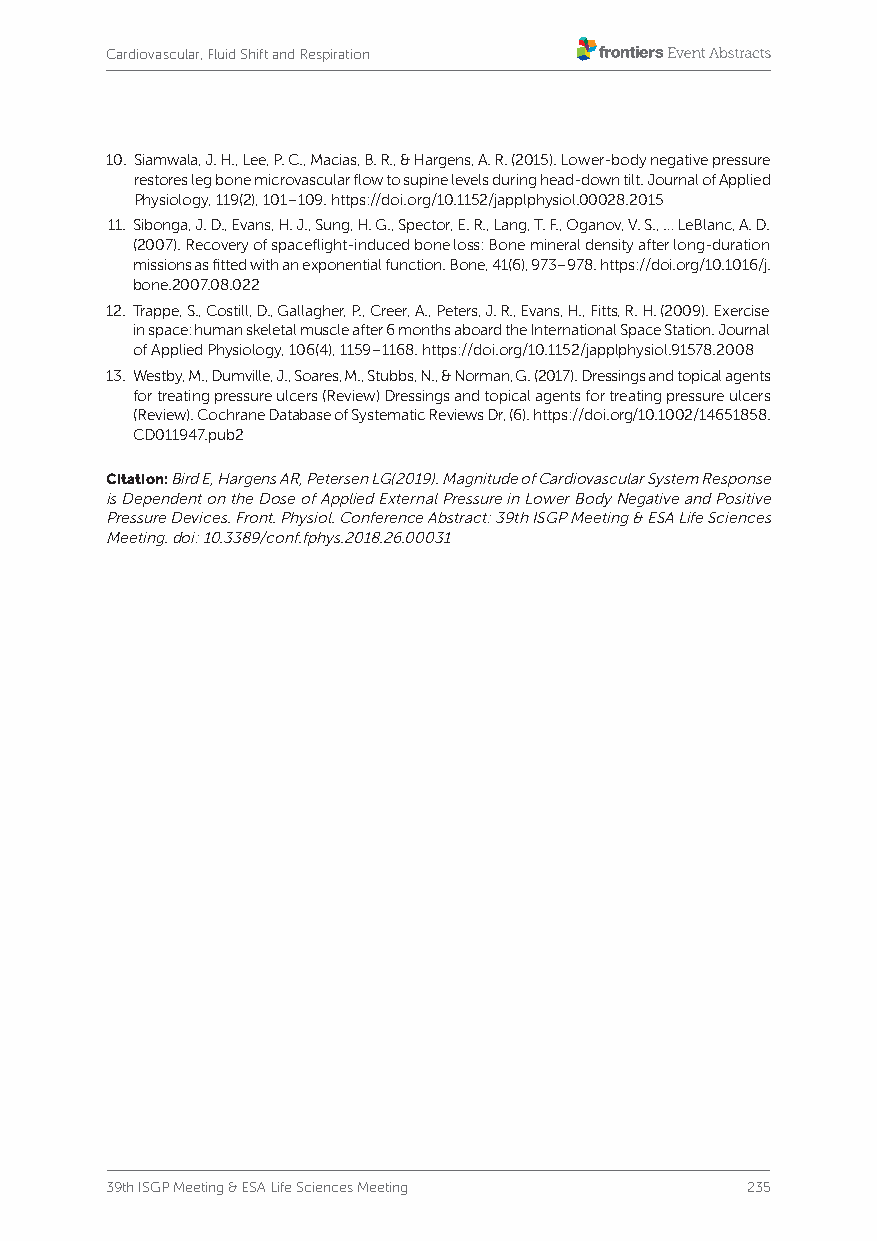
Cardiovascular, Fluid Shift and Respiration
 10. Siamwala, J. H., Lee, P. C., Macias, B. R., & Hargens, A. R. (2015). Lower-body negative pressure
 restores leg bone microvascular flow to supine levels during head-down tilt. Journal of Applied
 Physiology, 119(2), 101–109. https://doi.org/10.1152/japplphysiol.00028.2015
 11. Sibonga, J. D., Evans, H. J., Sung, H. G., Spector, E. R., Lang, T. F., Oganov, V. S., … LeBlanc, A. D.
 (2007). Recovery of spaceflight-induced bone loss: Bone mineral density after long-duration
 missions as fitted with an exponential function. Bone, 41(6), 973–978. https://doi.org/10.1016/j.
 bone.2007.08.022
 12. Trappe, S., Costill, D., Gallagher, P., Creer, A., Peters, J. R., Evans, H., Fitts, R. H. (2009). Exercise
 in space: human skeletal muscle after 6 months aboard the International Space Station. Journal
 of Applied Physiology, 106(4), 1159–1168. https://doi.org/10.1152/japplphysiol.91578.2008
 13. W estby, M., Dumville, J., Soares, M., Stubbs, N., & Norman, G. (2017). Dressings and topical agents
 for treating pressure ulcers (Review) Dressings and topical agents for treating pressure ulcers
 (Review). Cochrane Database of Systematic Reviews Dr, (6). https://doi.org/10.1002/14651858.
 CD011947.pub2
 Citation: Bird E, Hargens AR, Petersen LG(2019). Magnitude of Cardiovascular System Response
 is Dependent on the Dose of Applied External Pressure in Lower Body Negative and Positive
 Pressure Devices. Front. Physiol. Conference Abstract: 39th ISGP Meeting & ESA Life Sciences
 Meeting. doi: 10.3389/conf.fphys.2018.26.00031
 39th ISGP Meeting & ESA Life Sciences Meeting 235